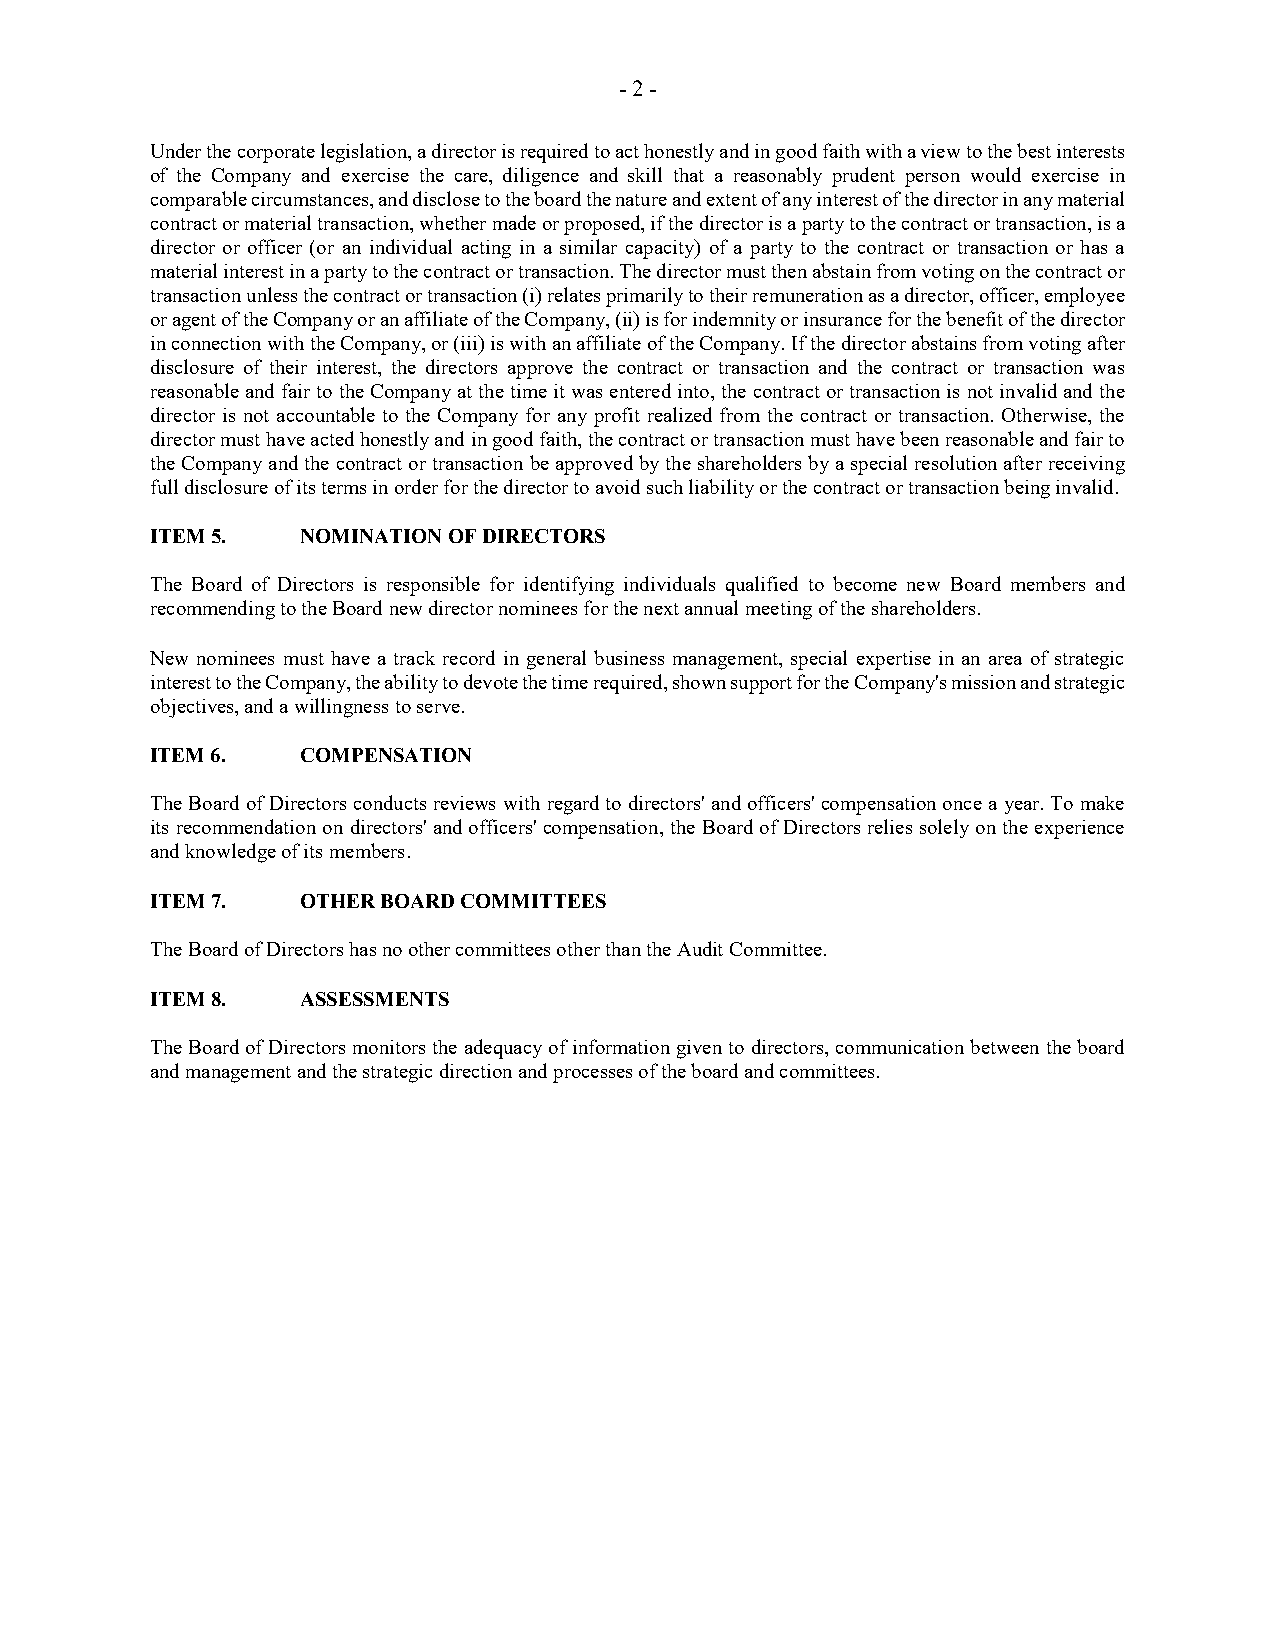
- 2 -
 Under the corporate legislation, a director is required to act honestly and in good faith with a view to the best interests
 of the Company and exercise the care, diligence and skill that a reasonably prudent person would exercise in
 comparable circumstances, and disclose to the board the nature and extent of any interest of the director in any material
 contract or material transaction, whether made or proposed, if the director is a party to the contract or transaction, is a
 director or officer (or an individual acting in a similar capacity) of a party to the contract or transaction or has a
 material interest in a party to the contract or transaction. The director must then abstain from voting on the contract or
 transaction unless the contract or transaction (i) relates primarily to their remuneration as a director, officer, employee
 or agent of the Company or an affiliate of the Company, (ii) is for indemnity or insurance for the benefit of the director
 in connection with the Company, or (iii) is with an affiliate of the Company. If the director abstains from voting after
 disclosure of their interest, the directors approve the contract or transaction and the contract or transaction was
 reasonable and fair to the Company at the time it was entered into, the contract or transaction is not invalid and the
 director is not accountable to the Company for any profit realized from the contract or transaction. Otherwise, the
 director must have acted honestly and in good faith, the contract or transaction must have been reasonable and fair to
 the Company and the contract or transaction be approved by the shareholders by a special resolution after receiving
 full disclosure of its terms in order for the director to avoid such liability or the contract or transaction being invalid.
 ITEM 5.   NOMINATION OF DIRECTORS
 The Board of Directors is responsible for identifying individuals qualified to become new Board members and
 recommending to the Board new director nominees for the next annual meeting of the shareholders.
 New nominees must have a track record in general business management, special expertise in an area of strategic
 interest to the Company, the ability to devote the time required, shown support for the Company's mission and strategic
 objectives, and a willingness to serve.
 ITEM 6.   COMPENSATION
 The Board of Directors conducts reviews with regard to directors' and officers' compensation once a year. To make
 its recommendation on directors' and officers' compensation, the Board of Directors relies solely on the experience
 and knowledge of its members.
 ITEM 7.   OTHER BOARD COMMITTEES
 The Board of Directors has no other committees other than the Audit Committee.
 ITEM 8.   ASSESSMENTS
 The Board of Directors monitors the adequacy of information given to directors, communication between the board
 and management and the strategic direction and processes of the board and committees.